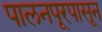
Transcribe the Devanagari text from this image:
पालनपूरपासून